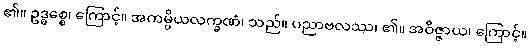
၏။ ဥဒ္ဓစ္စေ၊ ကြောင့်။ အကမ္ပိယလက္ခဏံ၊ သည်။ ပညာဗလဿ၊ ၏။ အဝိဇ္ဇာယ၊ ကြောင့်။